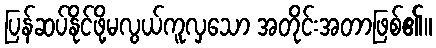
ပြန်ဆပ်နိုင်ဖို့မလွယ်ကူလှသော အတိုင်းအတာဖြစ်၏။